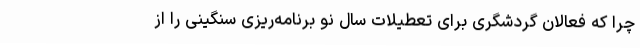
چرا که فعالان گردشگری برای تعطیلات سال نو برنامه‌ریزی سنگینی را از